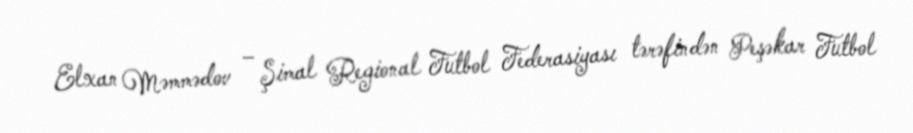
Elxan Məmmədov – Şimal Regional Futbol Federasiyası tərəfindən Peşəkar Futbol